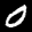
Label: 0